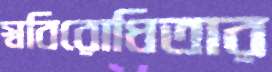
স্ববিরোধিতার